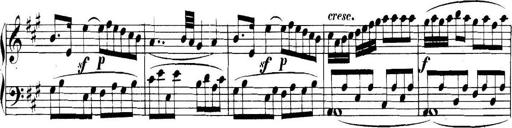
Title: Collected Piano Sonatas
Composer: Muzio Clementi